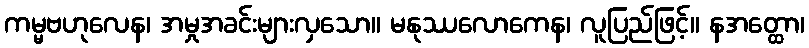
ကမ္မဗဟုလေန၊ အမှုအခင်းများလှသော။ မနုဿလောကေန၊ လူပြည်ဖြင့်။ နအတ္ထော၊